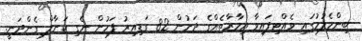
ބިންހެލުމުގައި ވެއްޓިފައިވާ އިމާރާތެއްގެ ދަށުން 82 ގަޑިއިރު ފަހުން ނެގި ކަނާލް ގެންދަނީ.